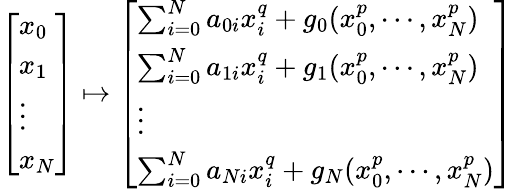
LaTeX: \left[\begin{array}{l}{x_{0}}\\ {x_{1}}\\ {\vdots}\\ {x_{N}}\end{array}\right]\mapsto\left[\begin{array}{l}{\sum_{i=0}^{N}a_{0i}x_{i}^{q}+g_{0}(x_{0}^{p},\cdots,x_{N}^{p})}\\ {\sum_{i=0}^{N}a_{1i}x_{i}^{q}+g_{1}(x_{0}^{p},\cdots,x_{N}^{p})}\\ {\vdots}\\ {\sum_{i=0}^{N}a_{Ni}x_{i}^{q}+g_{N}(x_{0}^{p},\cdots,x_{N}^{p})}\end{array}\right]